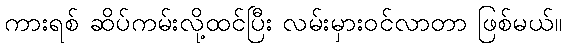
ကားရစ် ဆိပ်ကမ်းလို့ထင်ပြီး လမ်းမှားဝင်လာတာ ဖြစ်မယ်။